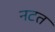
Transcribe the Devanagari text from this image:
नटत